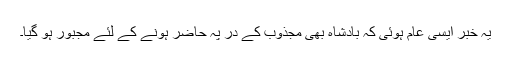
یہ خبر ایسی عام ہوئی کہ بادشاہ بھی مجذوب کے در پہ حاضر ہونے کے لئے مجبور ہو گیا۔